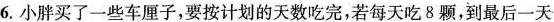
6.小胖买了一些车厘子，要按计划的天数吃完，若每天吃8颗，到最后一天